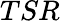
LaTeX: TSR